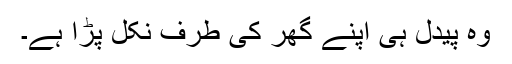
وہ پیدل ہی اپنے گھر کی طرف نکل پڑا ہے۔